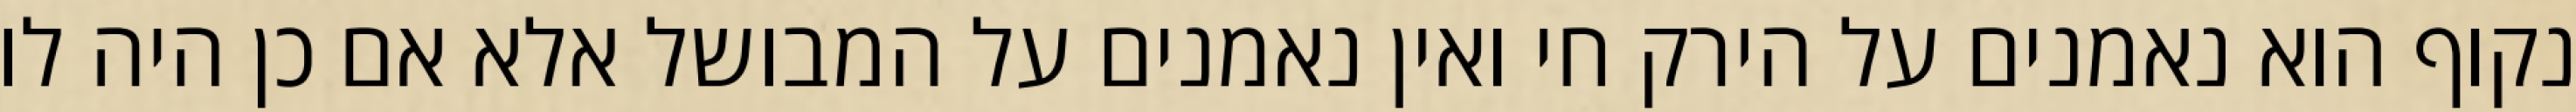
נקוף הוא נאמנים על הירק חי ואין נאמנים על המבושל אלא אם כן היה לו